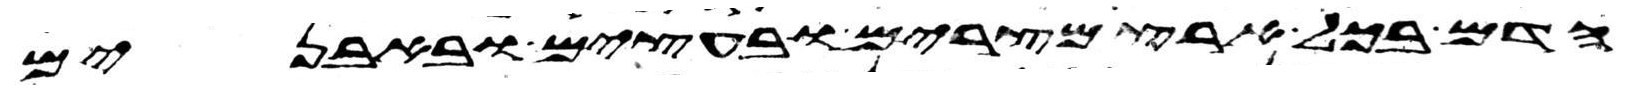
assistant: הדם בכל ארץ מצרים ובעצים ובאבנים